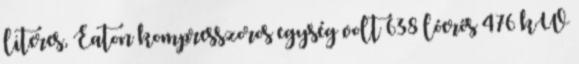
literes, Eaton kompresszoros egység volt 638 lóerős 476 kW